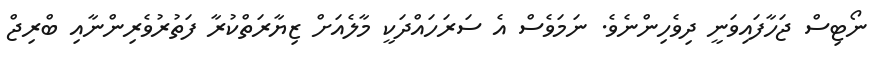
ނޯޓިސް ޖަހާފައިވަނީ ދިވެހިންނެވެ. ނަމަވެސް އެ ސަރަހައްދަކީ މާލެއަށް ޒިޔާރަތްކުރާ ފަތުރުވެރިންނާއި ބްރިޖް